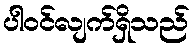
ပါဝင်လျက်ရှိသည်